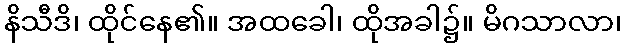
နိသီဒိ၊ ထိုင်နေ၏။ အထခေါ၊ ထိုအခါ၌။ မိဂသာလာ၊